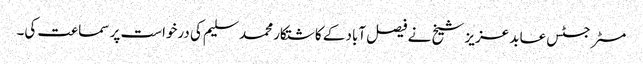
مسٹر جسٹس عابد عزیز شیخ نے فیصل آباد کے کاشتکار محمد سلیم کی درخواست پر سماعت کی۔